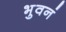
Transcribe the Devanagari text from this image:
भुवनं